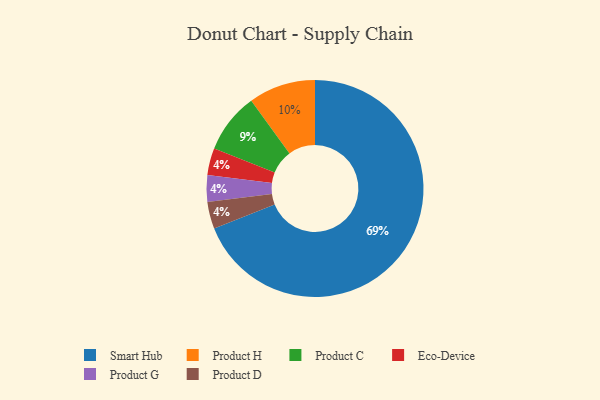
{"axis": {"x": "Category", "y": "Percentage"}, "legend": ["Eco-Device", "Product C", "Product D", "Product G", "Product H", "Smart Hub"], "data": [{"x": "Eco-Device", "y": 4, "type": "Eco-Device"}, {"x": "Product C", "y": 9, "type": "Product C"}, {"x": "Product G", "y": 4, "type": "Product G"}, {"x": "Product D", "y": 4, "type": "Product D"}, {"x": "Product H", "y": 10, "type": "Product H"}, {"x": "Smart Hub", "y": 69, "type": "Smart Hub"}]}